画像に写った文字を読んでください
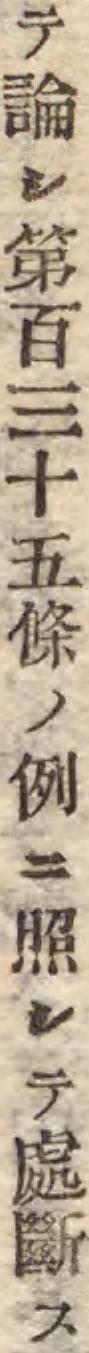
「テ論シ第百三十五條ノ例ニ照シテ處斷ス」と書いてあります